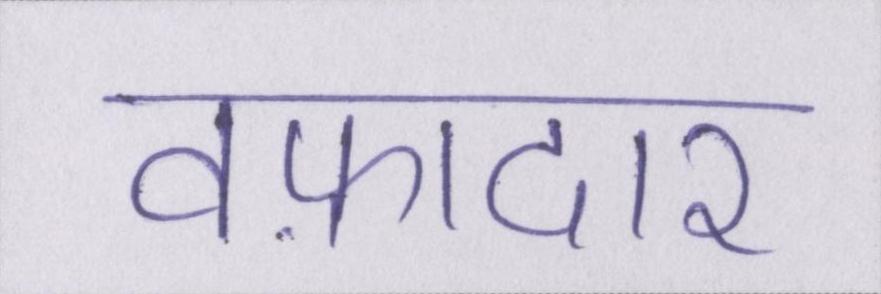
वफ़ादार